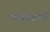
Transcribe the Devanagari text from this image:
पांवनेदारों